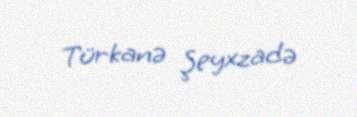
Türkanə Şeyxzadə